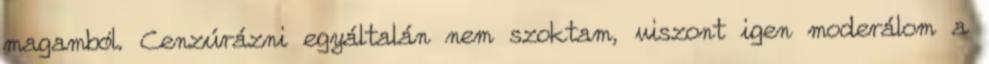
magamból. Cenzúrázni egyáltalán nem szoktam, viszont igen moderálom a